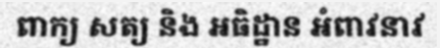
ពាក្យ សត្យ និង អធិដ្ឋាន អំពាវនាវ